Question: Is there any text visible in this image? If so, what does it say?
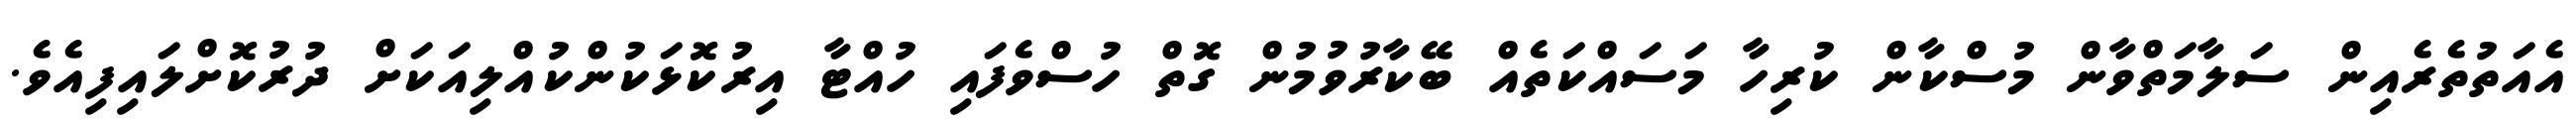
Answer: އެއަތުތެރެއިން ސަލާމަތްވާން މުސްކާން ކުރިހާ މަސައްކަތެއް ބޭކާރުވުމުން ގޮތް ހުސްވެފައި ހުއްޓާ އިރުކޮޅަކުންކުއްލިއަކަށް ދުރުކޮށްލައިފިއެވެ.